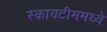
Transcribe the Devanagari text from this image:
स्कायटीममध्ये